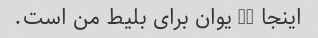
اینجا 30 یوان برای بلیط من است.